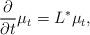
LaTeX: \begin{align*} \frac{\partial}{\partial t} \mu_t = L^* \mu_t,\end{align*}